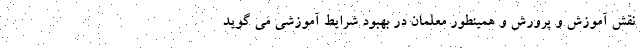
نقش آموزش و پرورش و همینطور معلمان در بهبود شرایط آموزشی می گوید